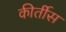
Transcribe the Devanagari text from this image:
कीर्तीस